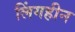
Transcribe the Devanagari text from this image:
लिंगहीन